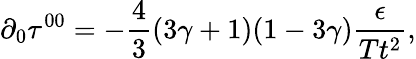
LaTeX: \partial_{0}\tau^{00}=-\frac{4}{3}(3\gamma+1)(1-3\gamma)\frac{\epsilon}{Tt^{2}},